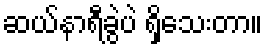
ဆယ်နာရီခွဲပဲ ရှိသေးတာ။